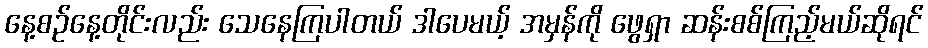
နေ့စဉ်နေ့တိုင်းလည်း သေနေကြပါတယ် ဒါပေမယ့် အမှန်ကို ဖွေရှာ ဆန်းစစ်ကြည့်မယ်ဆိုရင်